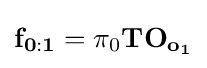
\mathbf {f_{0:1}} =\mathbf {\pi } _{0}\mathbf {T} \mathbf {O_{o_{1}}}